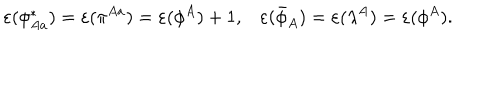
LaTeX: \varepsilon ( \phi _ { A a } ^ { * } ) = \varepsilon ( \pi ^ { A a } ) = \varepsilon ( \phi ^ { A } ) + 1 , \varepsilon ( \bar { \phi } _ { A } ) = \varepsilon ( { \lambda } ^ { A } ) = \varepsilon ( \phi ^ { A } ) .